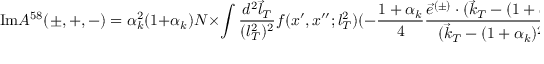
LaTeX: \mathrm { I m } { \cal A } ^ { 5 8 } ( \pm , + , - ) = \alpha _ { k } ^ { 2 } ( 1 + \alpha _ { k } ) { \cal N } \times \int \frac { d ^ { 2 } \vec { l } _ { T } } { ( l _ { T } ^ { 2 } ) ^ { 2 } } f ( x ^ { \prime } , x ^ { \prime \prime } ; l _ { T } ^ { 2 } ) ( - \frac { 1 + \alpha _ { k } } { 4 } \frac { \vec { e } ^ { ( \pm ) } \cdot ( \vec { k } _ { T } - ( 1 + \alpha _ { k } ) \vec { l } _ { T } ) } { ( \vec { k } _ { T } - ( 1 + \alpha _ { k } ) ^ { 2 } \vec { l } _ { T } ) ^ { 2 } } ) ,